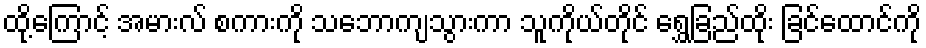
ထို့ကြောင့် အမားလ် စကားကို သဘောကျသွားကာ သူကိုယ်တိုင် ရွှေခြည်ထိုး ခြင်ထောင်ကို